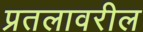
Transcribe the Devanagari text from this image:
प्रतलावरील